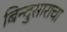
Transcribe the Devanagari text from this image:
बिन्दुसाराचा